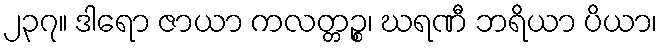
၂၃၇။ ဒါရော ဇာယာ ကလတ္တဉ္စ၊ ဃရဏီ ဘရိယာ ပိယာ၊